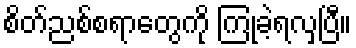
စိတ်ညစ်စရာတွေကို ကြုံခဲ့ရလှပြီ။